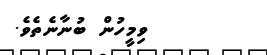
ވިމީހުން ބުނާނެތެވެ.